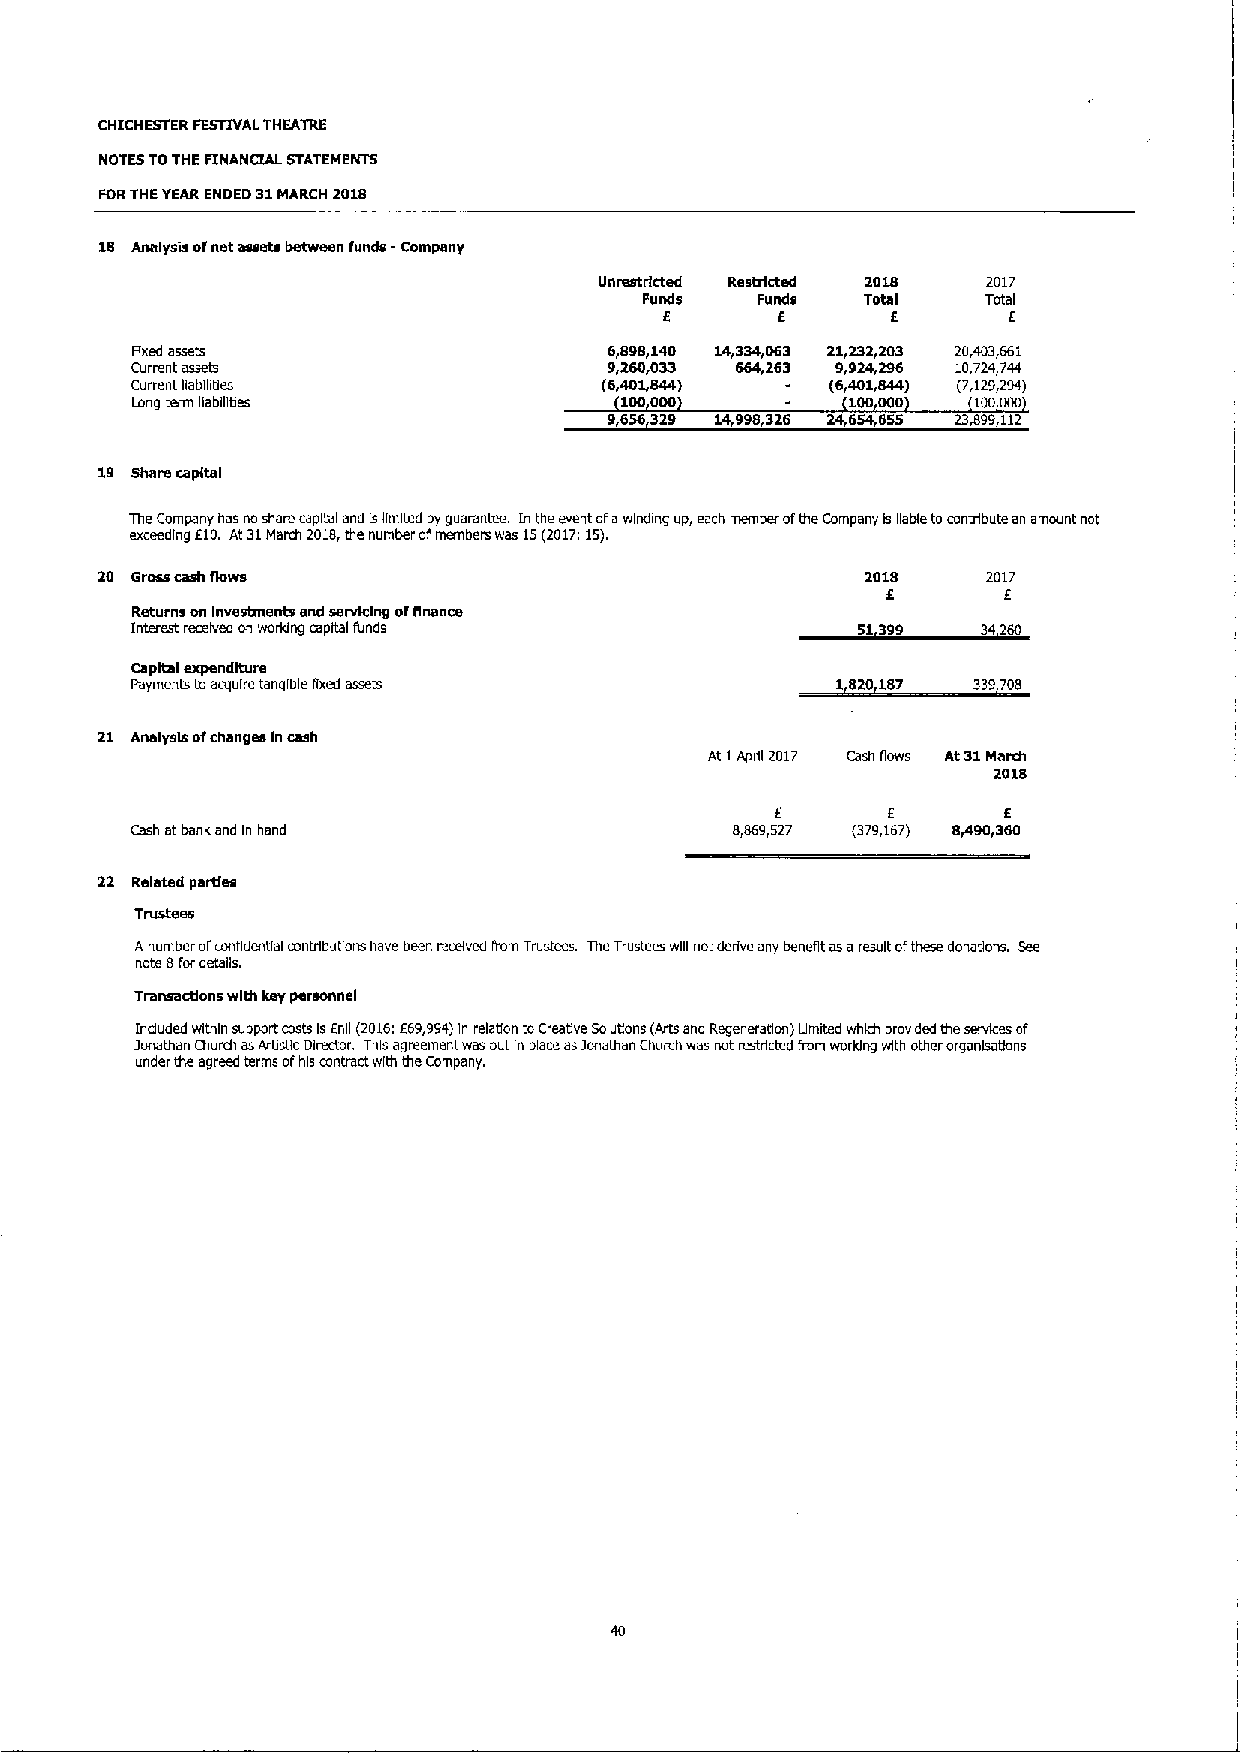
CHIC HESTER FESTIVALTHEATRE
 NOTES TOTHE FINAN(2AL STATEMENTS
 FORTHEYEARENDED 31MARCH 2018
 18 Analysis ofnet assets between funds -Company
 Unrestricted Restricted 2018 2017
 Funds  Funds  Total   Tcrtal
 I
 6              E       E
 Fixed assets                   6,898,140 14,334,063 21,232,203 20,403,661
 Current assets                 9,260,033 664,263 9,924,296 10,724,744
 Current gabgitles              (6,401,844)    (6,401,844) (7,129,294)
 Long term liabgiUes             100000         100000   100000
 9,656329 14,998,326 24,654,655 237)99,112
 19 Share capital
 TheCompany has no share caphal and Islimited byguarantee. Inthe event ofawinding up, each member ofthe Company is liable tocontribute an amount not
 exceeding Eto. At 31Mann 2018,the number ofmembers was 15(2017r 15).
 2018    2017
 6      E
 Returns on Investments and servicing offinance
 Interest received on working capital funds      51399   342
 Capital expenditure
 Payments toacquire tangible fixed assets      1820187  339705
 21 Analysts ofchanges Incash
 At IAprg 2017 Cash flows At31March
 2018
 I
 E              E
 Cash atbank and ln hend                 8,869,527 (379,167) 8+90,360
 22 Related parUes
 Trlrsbaes
 A number ofconfidential contributions have been received liom Trustees. The)rustees wgl notderive any benefit asaresult ofthese donations. See
 note 8fordetails.
 Transactions with key personnel
 lnduded within suppo*costs IsEnll (2016:E69,994)In relation toCreadve Solutions (Arts and Regeneration) Umrted whkh provided the servkes of
 Jonathan Church asArbsdc Director. This agreement was put In place asJonathan Church was not restricted from working with other organlsatlons
 under the agreed terms ofhis contract with the Company.